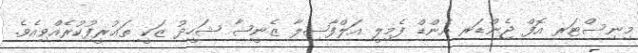
މިނިސްޓަރ އޮފް ޖެންޑަރ އެންޑް ފެމިލީ އަލްފާޟިލާ ޒެނީޝާ ޝަހީދު ޒަކީ ތަޢުރީފުކުރެއްވިއެވެ.